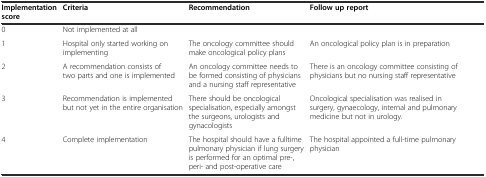
| Implementation score | Criteria | Recommendation | Follow up report |
 | --- | --- | --- | --- |
 | 0 | Not implemented at all |  |  |
 | 1 | Hospital only started working on implementing | The oncology committee should make oncological policy plans | An oncological policy plan is in preparation |
 | 2 | A recommendation consists of two parts and one is implemented | An oncology committee needs to be formed consisting of physicians and a nursing staff representative | There is an oncology committee consisting of physicians but no nursing staff representative |
 | 3 | Recommendation is implemented but not yet in the entire organisation | There should be oncological specialisation, especially amongst the surgeons, urologists and gynacologists | Oncological specialisation was realised in surgery, gynaecology, internal and pulmonary medicine but not in urology. |
 | 4 | Complete implementation | The hospital should have a fulltime pulmonary physician if lung surgery is performed for an optimal pre-, peri- and post-operative care | The hospital appointed a full-time pulmonary physician |